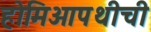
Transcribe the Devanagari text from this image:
होमिओपथीची